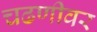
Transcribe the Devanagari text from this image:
चढणीवर